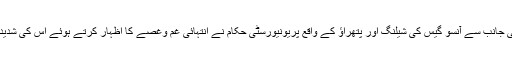
سٹی کیمپس میں پولیس کی جانب سے آنسو گیس کی شیلنگ اور پتھراؤ کے واقع پریونیورسٹی حکام نے انتہائی غم وغصے کا اظہار کرتے ہوئے اس کی شدید الفا ظ میں مذمت کی ہے۔